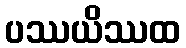
ပဿယိဿထ